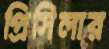
প্রিসিলার